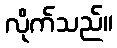
လိုက်သည်။